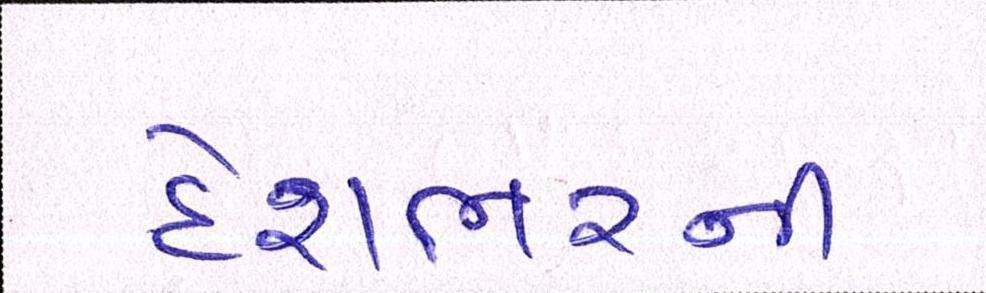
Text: દેશભરની